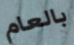
بالعام